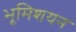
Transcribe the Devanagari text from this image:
भूमिशयन